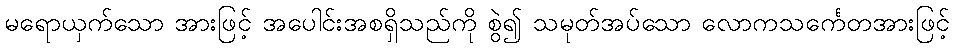
မရောယှက်သော အားဖြင့် အပေါင်းအစရှိသည်ကို စွဲ၍ သမုတ်အပ်သော လောကသင်္ကေတအားဖြင့်